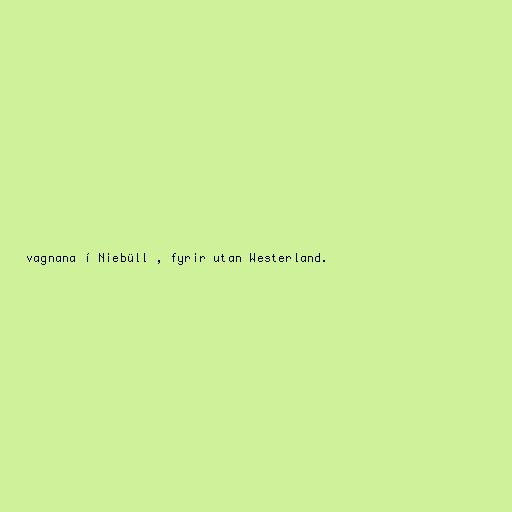
vagnana í Niebüll , fyrir utan Westerland.